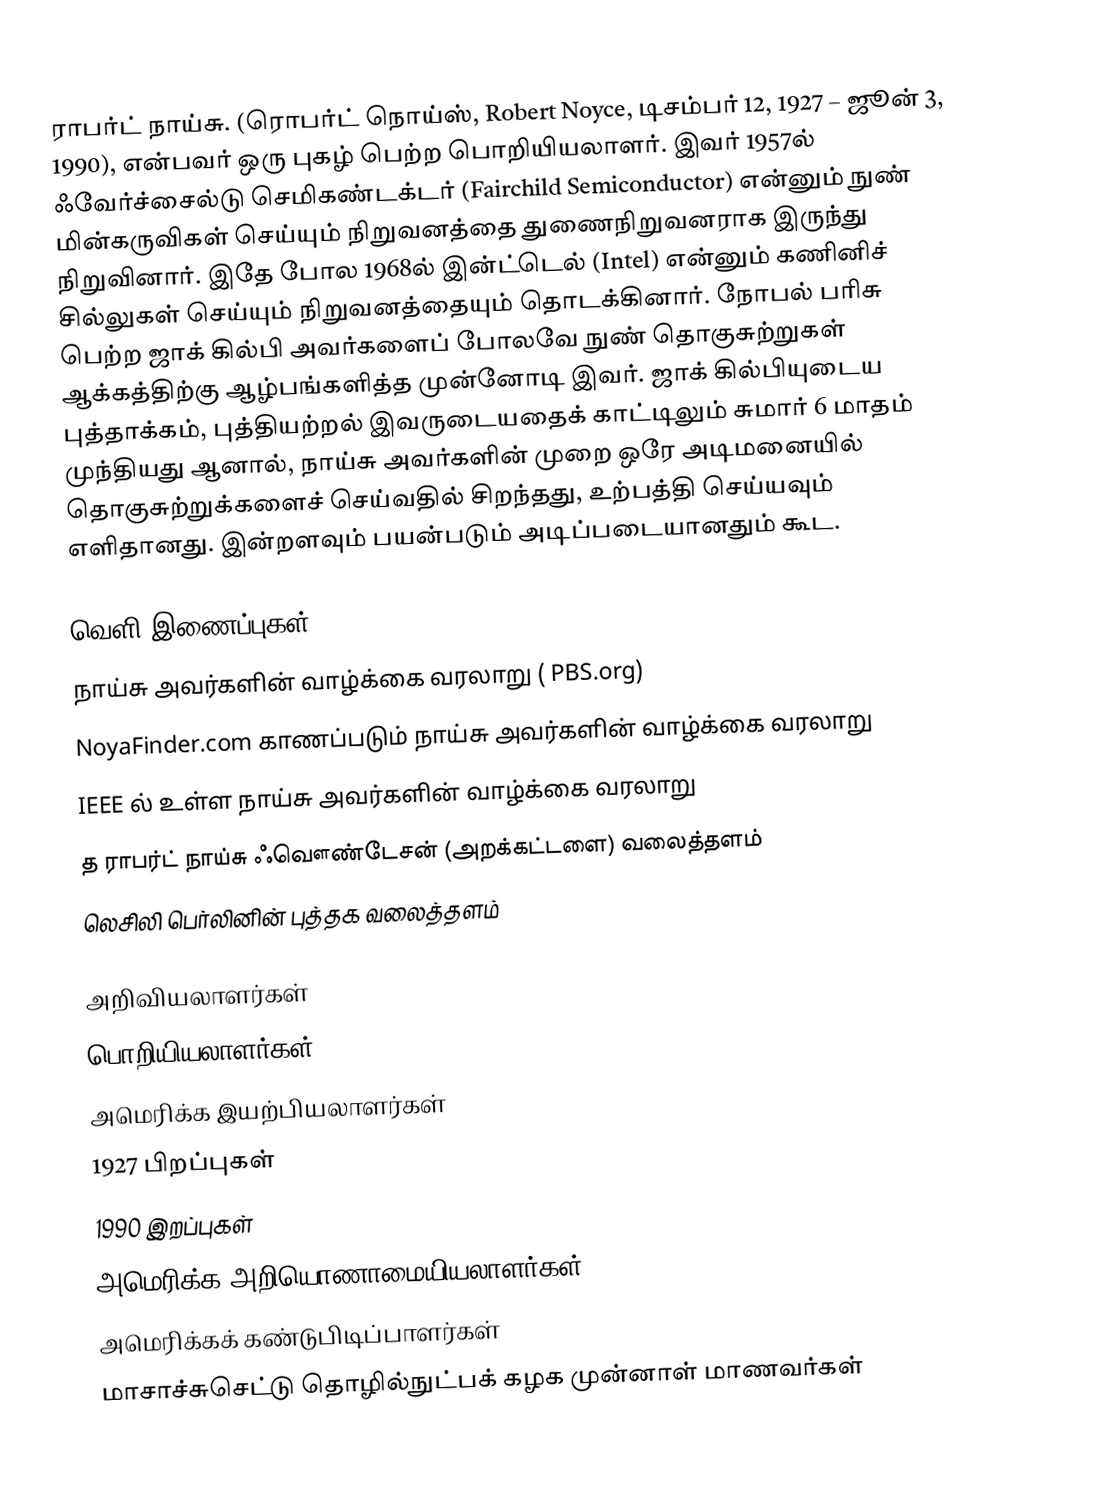
ராபர்ட் நாய்சு. (ரொபர்ட் நொய்ஸ், Robert Noyce, டிசம்பர் 12, 1927 – ஜூன் 3, 1990), என்பவர் ஒரு புகழ் பெற்ற பொறியியலாளர். இவர் 1957ல் ஃவேர்ச்சைல்டு செமிகண்டக்டர் (Fairchild Semiconductor) என்னும் நுண் மின்கருவிகள் செய்யும் நிறுவனத்தை துணைநிறுவனராக இருந்து நிறுவினார். இதே போல 1968ல் இன்ட்டெல் (Intel) என்னும் கணினிச் சில்லுகள் செய்யும் நிறுவனத்தையும் தொடக்கினார். நோபல் பரிசு பெற்ற ஜாக் கில்பி அவர்களைப் போலவே நுண் தொகுசுற்றுகள் ஆக்கத்திற்கு ஆழ்பங்களித்த முன்னோடி இவர். ஜாக் கில்பியுடைய புத்தாக்கம், புத்தியற்றல் இவருடையதைக் காட்டிலும் சுமார் 6 மாதம் முந்தியது ஆனால், நாய்சு அவர்களின் முறை ஒரே அடிமனையில் தொகுசுற்றுக்களைச் செய்வதில் சிறந்தது, உற்பத்தி செய்யவும் எளிதானது. இன்றளவும் பயன்படும் அடிப்படையானதும் கூட.

வெளி இணைப்புகள்
 நாய்சு அவர்களின் வாழ்க்கை வரலாறு ( PBS.org)
 NoyaFinder.com காணப்படும் நாய்சு அவர்களின் வாழ்க்கை வரலாறு
 IEEE ல் உள்ள நாய்சு அவர்களின் வாழ்க்கை வரலாறு
 த ராபர்ட் நாய்சு ஃவௌண்டேசன் (அறக்கட்டளை) வலைத்தளம்
 லெசிலி பெர்லினின் புத்தக வலைத்தளம்

அறிவியலாளர்கள்
பொறியியலாளர்கள்
அமெரிக்க இயற்பியலாளர்கள்
1927 பிறப்புகள்
1990 இறப்புகள்
அமெரிக்க அறியொணாமையியலாளர்கள்
அமெரிக்கக் கண்டுபிடிப்பாளர்கள்
மாசாச்சுசெட்டு தொழில்நுட்பக் கழக முன்னாள் மாணவர்கள்